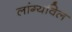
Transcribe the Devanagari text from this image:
लांग्यविल